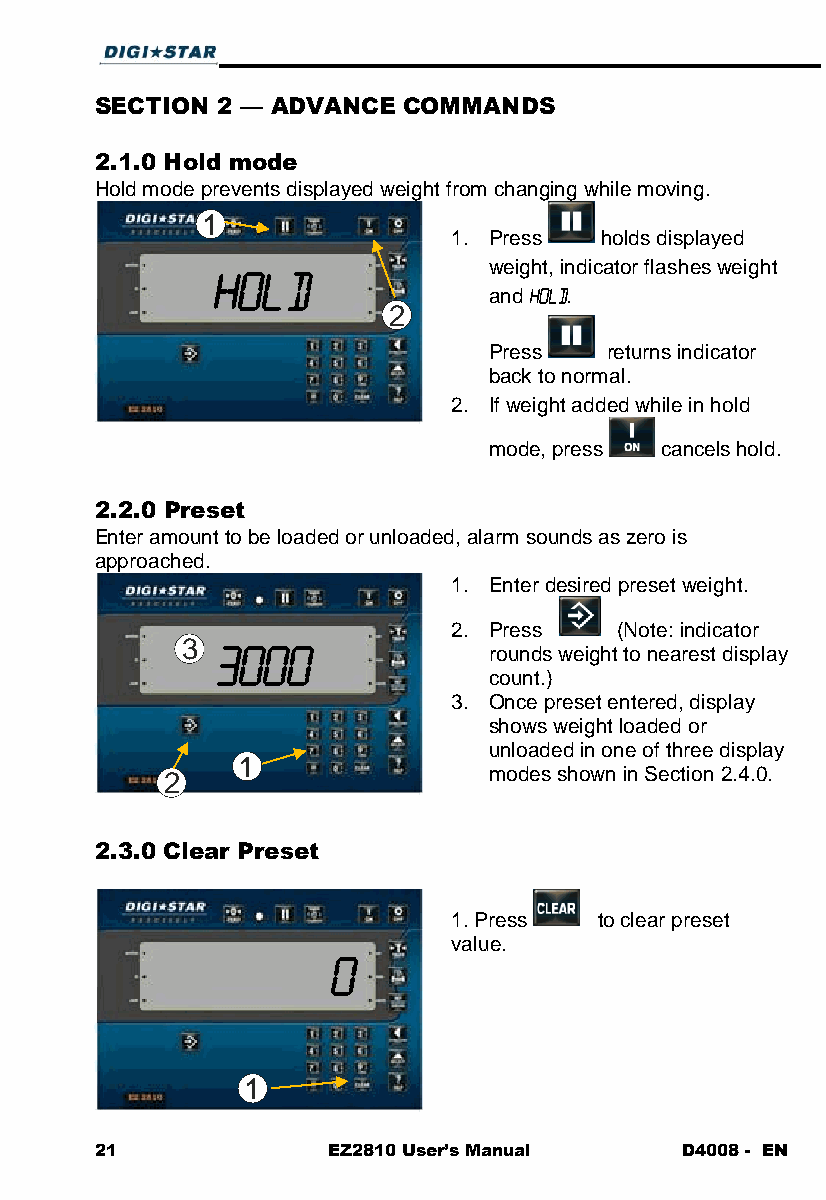
SECTION 2 — ADVANCE  COMMANDS
 2.1.0 Hold mode
 Hold mode prevents displayed weight from changing while moving.
 1
 1. Press  holds displayed
 weight, indicator flashes weight
 and  .
 2
 Press   returns indicator
 back to normal.
 2. If weight added while in hold
 mode, press cancels hold.
 2.2.0 Preset
 Enter amount to be loaded or unloaded, alarm sounds as zero is
 approached.
 1. Enter desired preset weight.
 2. Press   (Note: indicator
 3
 rounds weight to nearest display
 count.)
 3. Once preset entered, display
 shows weight loaded or
 unloaded in one of three display
 1
 2                    modes shown in Section 2.4.0.
 2.3.0 Clear Preset
 1. Press  to clear preset
 value.
 1
 21              EZ2810 User’s Manual   D4008 - EN